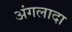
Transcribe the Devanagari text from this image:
अंगलादा